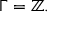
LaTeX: \Gamma = \mathbb { Z } .